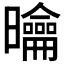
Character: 𭨑